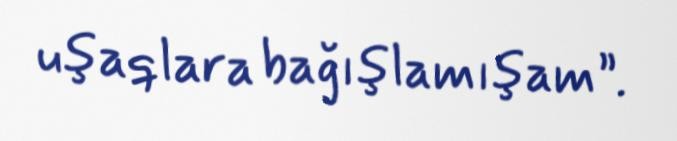
uşaqlara bağışlamışam”.